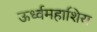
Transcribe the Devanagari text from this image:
ऊर्ध्वमहाशिरा